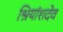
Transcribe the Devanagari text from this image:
श्रियांशदेव